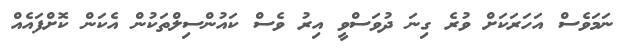
ނަމަވެސް އަހަރަކަށް ވުރެ ގިނަ ދުވަސްވީ އިރު ވެސް ކައުންސިލްތަކުން އެކަން ކޮށްފައެއް